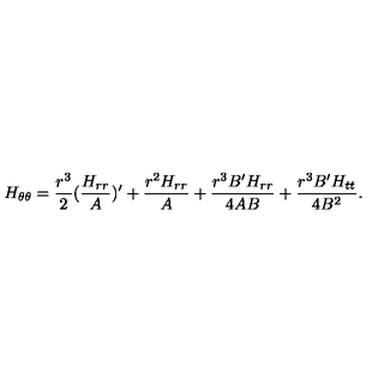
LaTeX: { H } _ { \theta \theta } = { \frac { { r } ^ { 3 } } { 2 } } ( { \frac { { H } _ { r r } } { A } } ) ^ { \prime } + { \frac { { r } ^ { 2 } { H } _ { r r } } { A } } + { \frac { { r } ^ { 3 } B ^ { \prime } { H } _ { r r } } { 4 A B } } + { \frac { { r } ^ { 3 } B ^ { \prime } { H } _ { t t } } { 4 { B } ^ { 2 } } } .